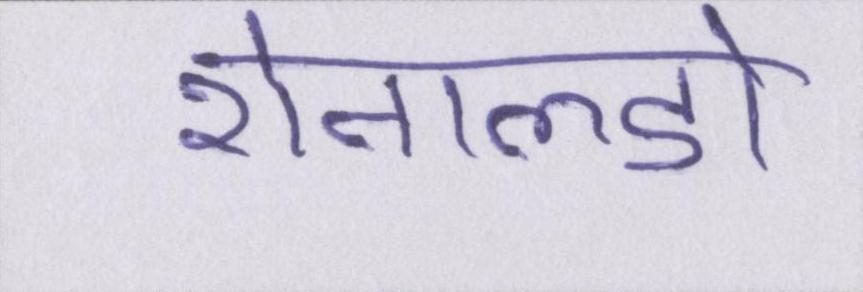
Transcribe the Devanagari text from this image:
रोनाल्डो